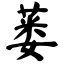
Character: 蒌